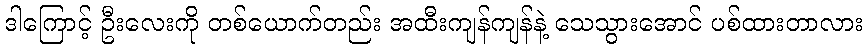
ဒါကြောင့် ဦးလေးကို တစ်ယောက်တည်း အထီးကျန်ကျန်နဲ့ သေသွားအောင် ပစ်ထားတာလား